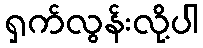
ရှက်လွန်းလို့ပါ